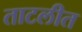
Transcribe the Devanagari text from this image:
ताटलीत